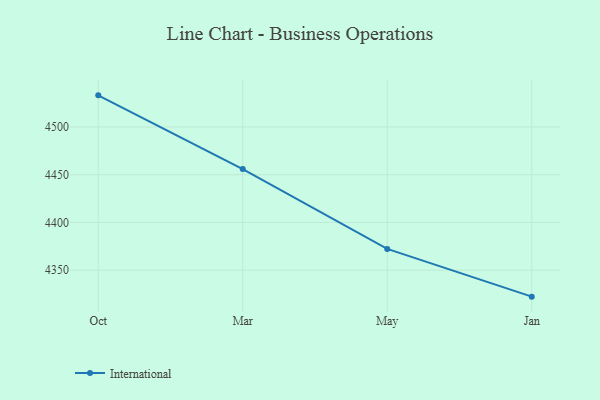
{"axis": {"x": "Month", "y": "Market Share (%)"}, "legend": ["International"], "data": [{"x": "Oct", "y": 4533.1, "type": "International"}, {"x": "Mar", "y": 4455.9, "type": "International"}, {"x": "May", "y": 4372.3, "type": "International"}, {"x": "Jan", "y": 4322.3, "type": "International"}]}